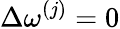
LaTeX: \Delta\omega^{(j)}=0